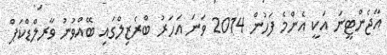
އާޖެންޓީނަ އަކީ އެންމެ ފަހުން 2014 ވަނަ އަހަރު ބްރެޒިލްގައި ބޭއްވުނު ވާރލްޑްކަޕް